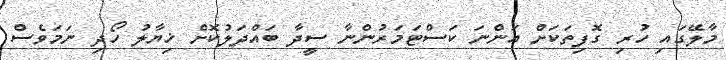
މާލޭގައި ހުރި ގޮފިތަކަށް އަންނަ ކަސްޓަމަރުންނާ ސީދާ ބައްދަލުކޮށް ޚިޔާލު ހޯދި ނަމަވެސް